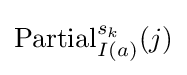
{\text{Partial}}_{I(a)}^{s_{k}}(j)